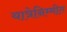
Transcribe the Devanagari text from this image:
यात्रेनिम्मीत